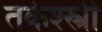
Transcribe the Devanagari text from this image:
तर्कश्स्त्री